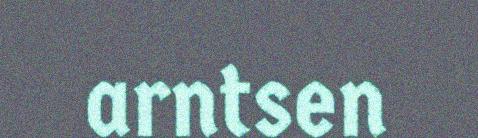
arntsen